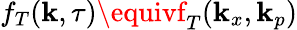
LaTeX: f_{T}(\mathbf{k},\tau)\equivf_{T}(\mathbf{k}_{x},\mathbf{k}_{p})